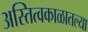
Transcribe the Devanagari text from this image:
अस्तित्वकाळातल्या